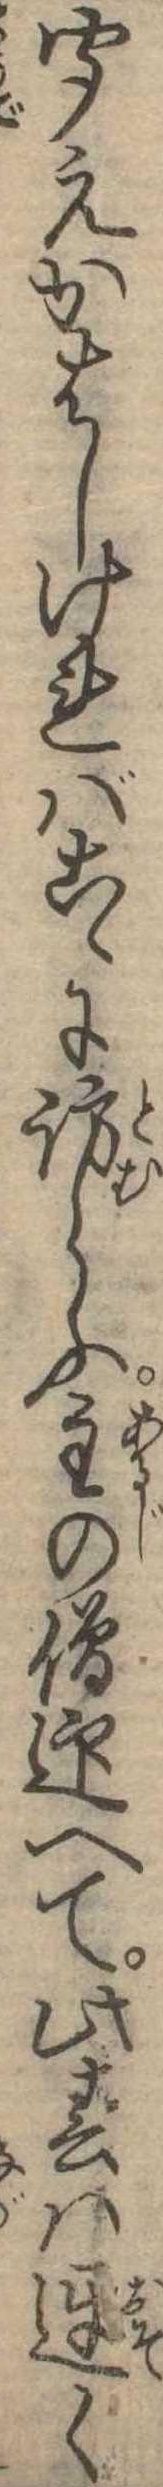
聞えかはしければこゝに訪らふ主の僧迎へて此春は遅く